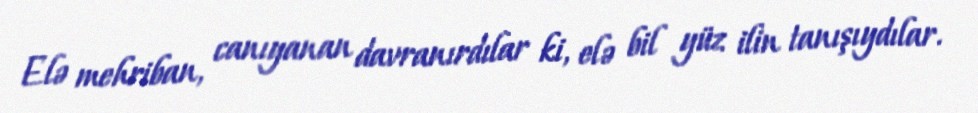
Elə mehriban, canıyanan davranırdılar ki, elə bil yüz ilin tanışıydılar.